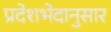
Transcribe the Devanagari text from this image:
प्रदेशभेदानुसार